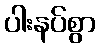
ပါးနပ်စွာ